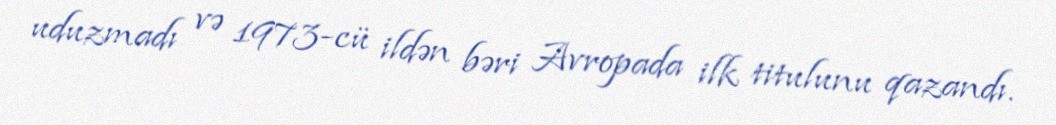
uduzmadı və 1973-cü ildən bəri Avropada ilk titulunu qazandı.